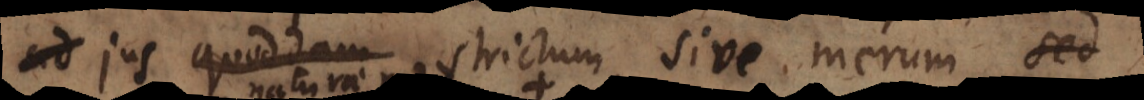
aliud jus strictum sive merum, sed